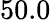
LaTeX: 50.0